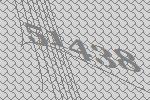
51438